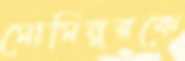
মোমিনুরকে